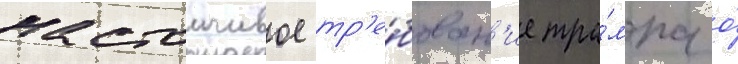
настоичивое тр'е́бован'ие тра́мпа о́